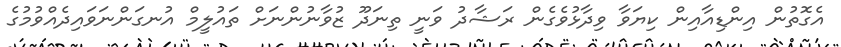
އެގޮތުން އިންޑިއާއިން ކިޔަވާ ވިދާޅުވެގެން ރަޝާދު ވަނީ ތިނަދޫ ޒުވާނުންނަށް ތައުލީމް އުނގަންނަވައިދެއްވުމުގެ